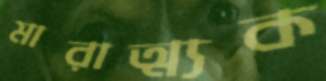
মারাত্ম্যক